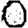
Digit: 0